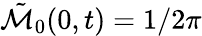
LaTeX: \tilde{\mathcal{M}}_{0}(0,t)=1/2\pi